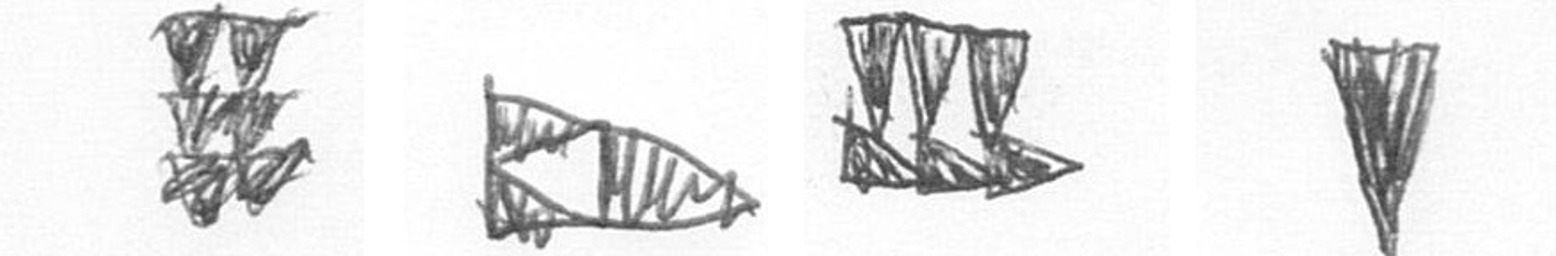
Y K D J